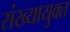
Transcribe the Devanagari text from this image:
संख्यायुक्त